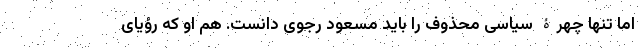
اما تنها چهرۀ سیاسی محذوف را باید مسعود رجوی دانست. هم او که رؤیای